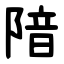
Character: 隌